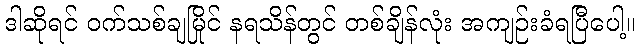
ဒါဆိုရင် ဝက်သစ်ချမြိုင် နရသိန်တွင် တစ်ချိန်လုံး အကျဉ်းခံရပြီပေါ့။